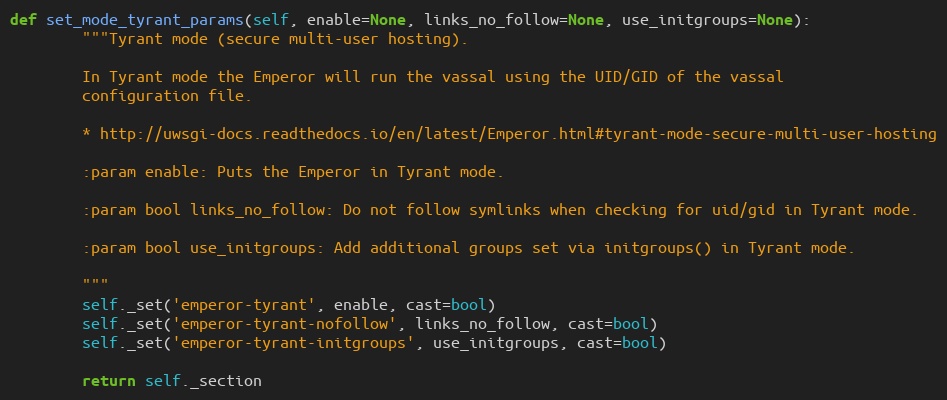
Language: Python
def set_mode_tyrant_params(self, enable=None, links_no_follow=None, use_initgroups=None):
        """Tyrant mode (secure multi-user hosting).

        In Tyrant mode the Emperor will run the vassal using the UID/GID of the vassal
        configuration file.

        * http://uwsgi-docs.readthedocs.io/en/latest/Emperor.html#tyrant-mode-secure-multi-user-hosting

        :param enable: Puts the Emperor in Tyrant mode.

        :param bool links_no_follow: Do not follow symlinks when checking for uid/gid in Tyrant mode.

        :param bool use_initgroups: Add additional groups set via initgroups() in Tyrant mode.

        """
        self._set('emperor-tyrant', enable, cast=bool)
        self._set('emperor-tyrant-nofollow', links_no_follow, cast=bool)
        self._set('emperor-tyrant-initgroups', use_initgroups, cast=bool)

        return self._section